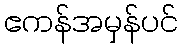
ဧကန်အမှန်ပင်